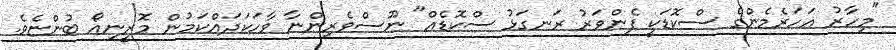
"މިހާރު އަހަރެމެންގެ ސްކޮޑަކީ ފެންވަރު ރަނގަޅު ސްކޮޑެއް" ނޫސްވެރިންނާ ވާހަކަދައްކަމުން މޮރީނިއޯ ބުންޏެވެ.